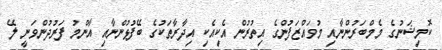
ކޮމިޝަނުގެ މެމްބަރުންނާއި މުވައްޒަފުންގެ އިތުރުން އެކިއެކި އިދާރާތަކުގެ ބޭފުޅުންނާއި އާންމު ފަރުދުންވަނީ ލޭ